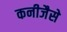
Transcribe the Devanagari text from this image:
कनीजैसे